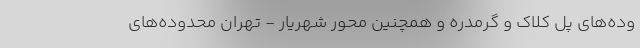
وده‌های پل کلاک و گرمدره و همچنین محور شهریار - تهران محدوده‌های